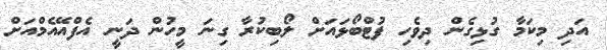
އަދި މިކަމާ ގުޅިގެން ދިވެހި ފުޓްބޯޅައަށް ލޯބިކުރާ ގިނަ މީހުން ދަނީ އެފްއޭއެމްއަށް